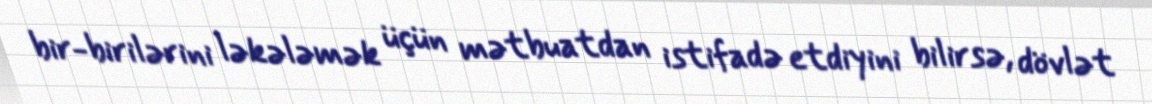
bir-birilərini ləkələmək üçün mətbuatdan istifadə etdiyini bilirsə, dövlət